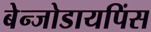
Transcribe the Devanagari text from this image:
बेन्जोडायपिंस